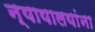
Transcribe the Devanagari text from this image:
न्यायालयांना